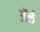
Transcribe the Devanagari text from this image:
अॅर्ल